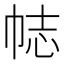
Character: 𢂴